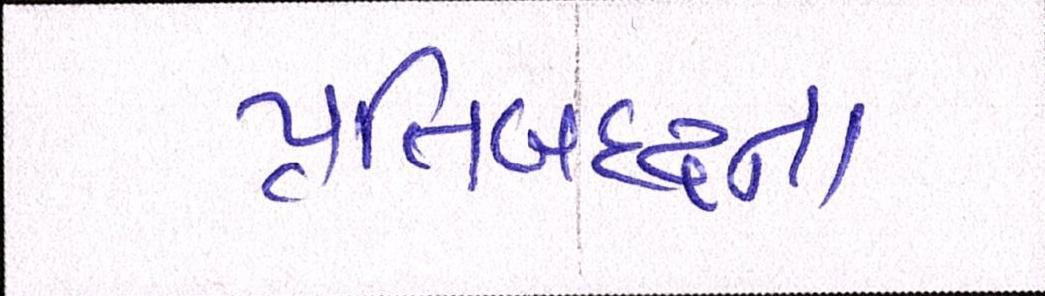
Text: પ્રતિબદ્ધતા